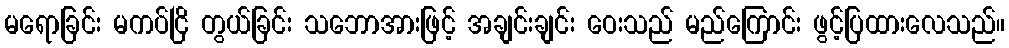
မရောခြင်း မကပ်ငြိ တွယ်ခြင်း သဘောအားဖြင့် အချင်းချင်း ဝေးသည် မည်ကြောင်း ဖွင့်ပြထားလေသည်။